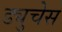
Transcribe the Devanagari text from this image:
ड्युचेस